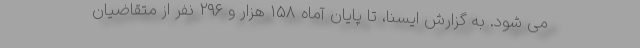
می شود. به گزارش ایسنا، تا پایان آماه ۱۵۸ هزار و ۲۹۶ نفر از متقاضیان